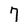
Character: 7